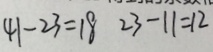
4 1 - 2 3 = 1 8 2 3 - 1 1 = 1 2